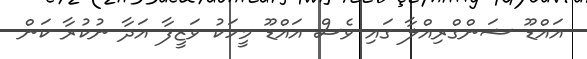
އަައްޑޫ ޝަންގްރިއްލާ ގައި ވެސް އައްޑޫ މީހަކު ވަޒީފާ އަދާ ނުކުރާ ކަން